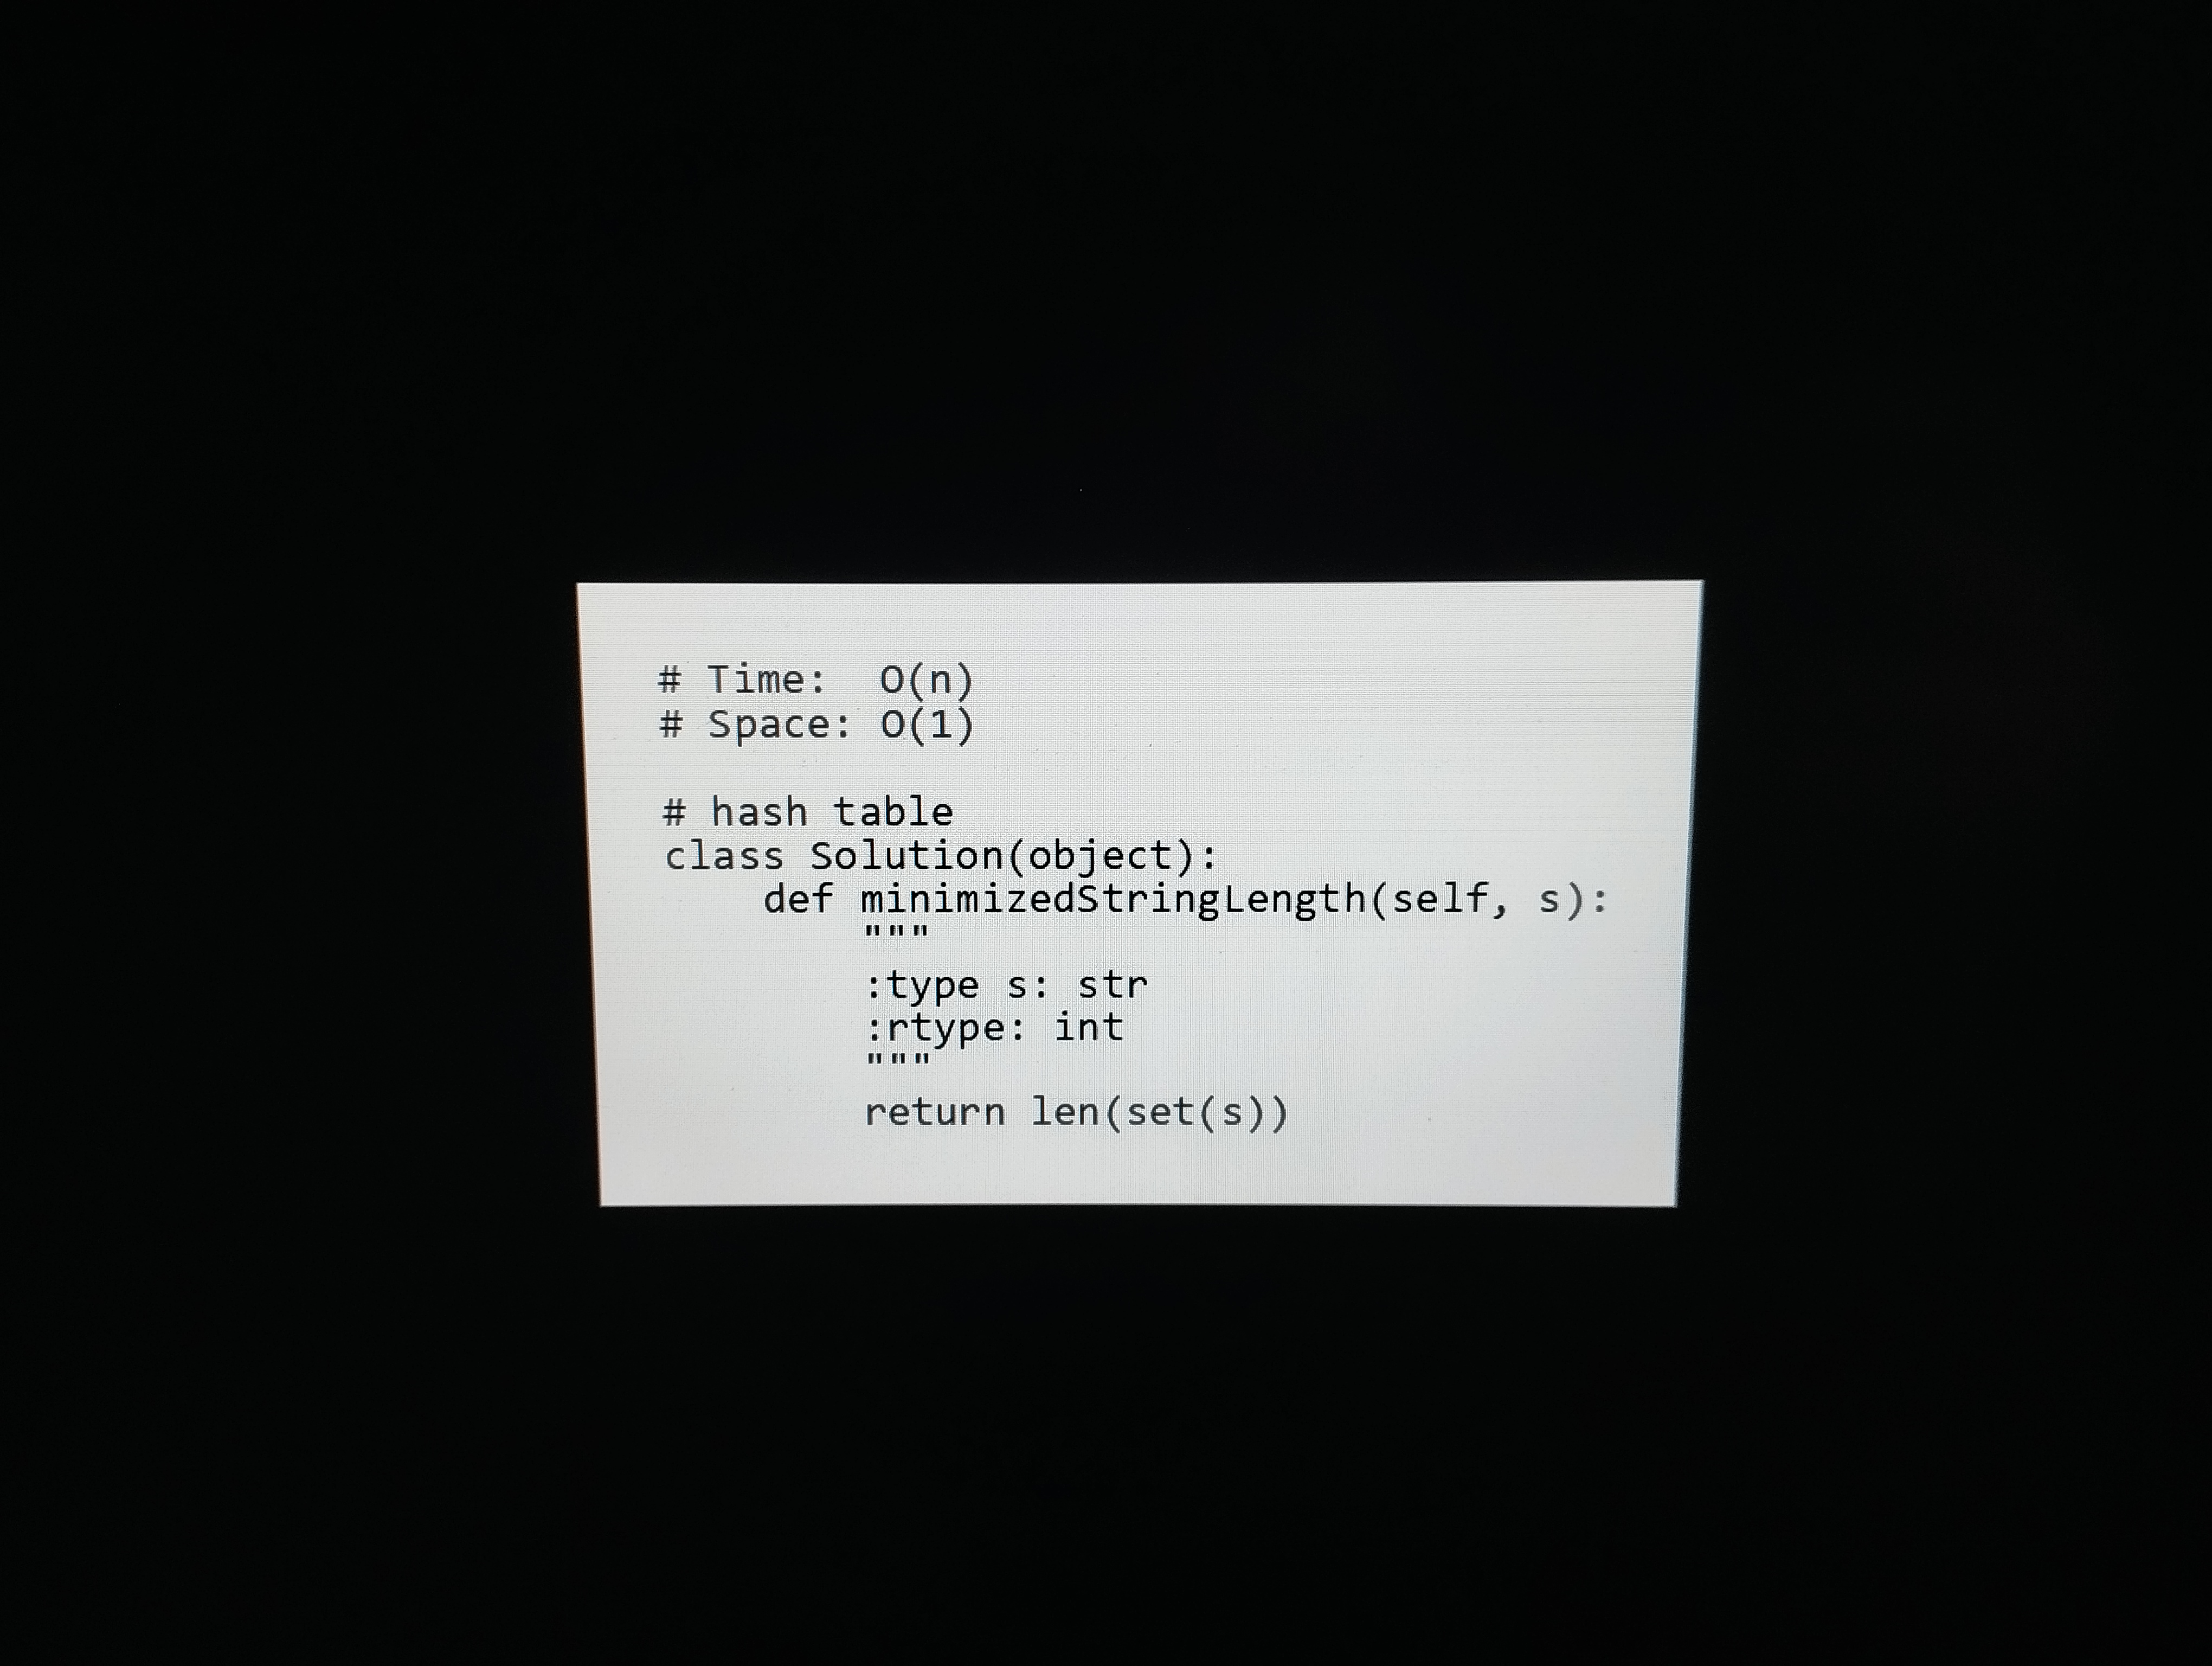
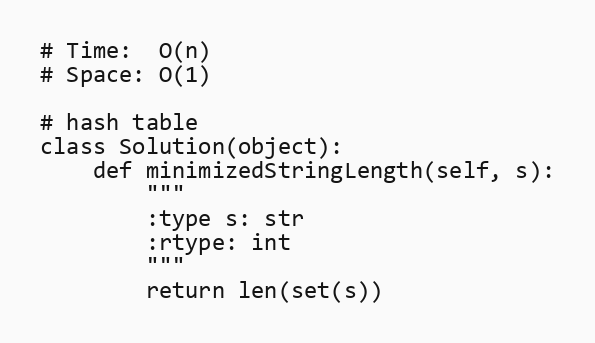
# Time:  O(n)
# Space: O(1)

# hash table
class Solution(object):
    def minimizedStringLength(self, s):
        """
        :type s: str
        :rtype: int
        """
        return len(set(s))